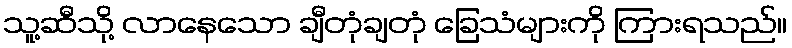
သူ့ဆီသို့ လာနေသော ချီတုံချတုံ ခြေသံများကို ကြားရသည်။